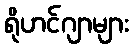
ရိုဟင်ဂျာများ